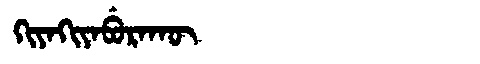
Manchu: ᡴᡳᠶᠠᡴᡳᠶᠠᠪᡠᡵᠠᡴᡡ
Romanization: KIYAKIYABURAKŪ